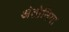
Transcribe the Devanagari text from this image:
अंतोनिया